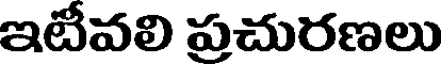
ఇటీవలి ప్రచురణలు